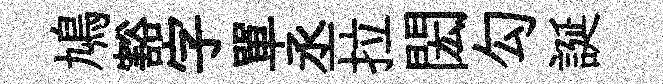
鳩豁字單丞拉閎勾誕